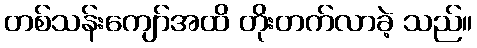
တစ်သန်းကျော်အထိ တိုးတက်လာခဲ့ သည်။